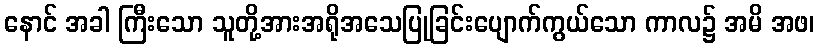
နောင် အခါ ကြီးသော သူတို့အားအရိုအသေပြုခြင်းပျောက်ကွယ်သော ကာလ၌ အမိ အဖ၊